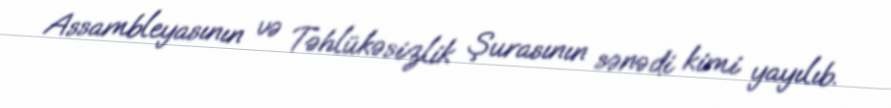
Assambleyasının və Təhlükəsizlik Şurasının sənədi kimi yayılıb.